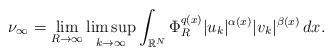
LaTeX: \begin{align*} \nu_{\infty}= \lim_{R\to \infty}\limsup_{k\to \infty} \int_{\mathbb{R}^{N}}\Phi^{q(x)}_{R}|u_k|^{\alpha(x)}|v_k|^{\beta(x)}\,dx. \end{align*}